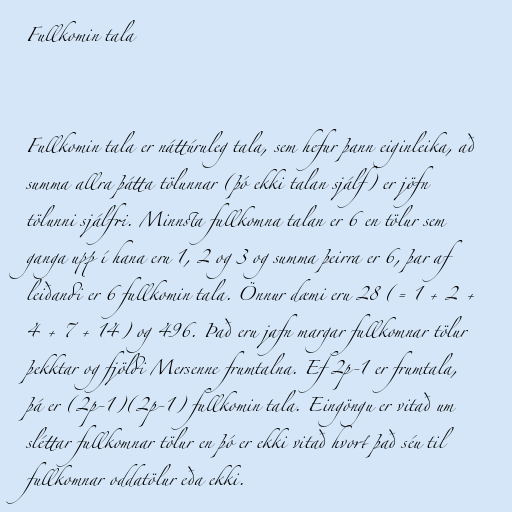
Fullkomin tala

Fullkomin tala er náttúruleg tala, sem hefur þann eiginleika, að
summa allra þátta tölunnar (þó ekki talan sjálf) er jöfn
tölunni sjálfri. Minnsta fullkomna talan er 6 en tölur sem
ganga upp í hana eru 1, 2 og 3 og summa þeirra er 6, þar af
leiðandi er 6 fullkomin tala. Önnur dæmi eru 28 (= 1 + 2 +
4 + 7 + 14) og 496. Það eru jafn margar fullkomnar tölur
þekktar og fjöldi Mersenne frumtalna. Ef 2p-1 er frumtala,
þá er (2p-1)(2p-1) fullkomin tala. Eingöngu er vitað um
sléttar fullkomnar tölur en þó er ekki vitað hvort það séu til
fullkomnar oddatölur eða ekki.